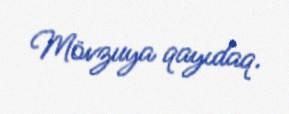
Mövzuya qayıdaq.